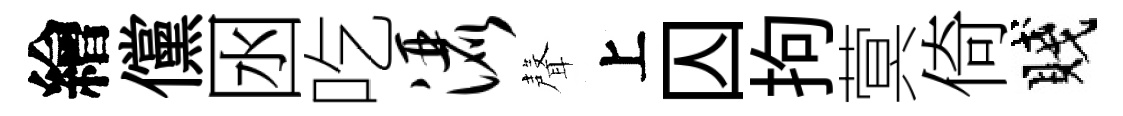
繪儻囦吃洒聲上囚拘蓂倚賤